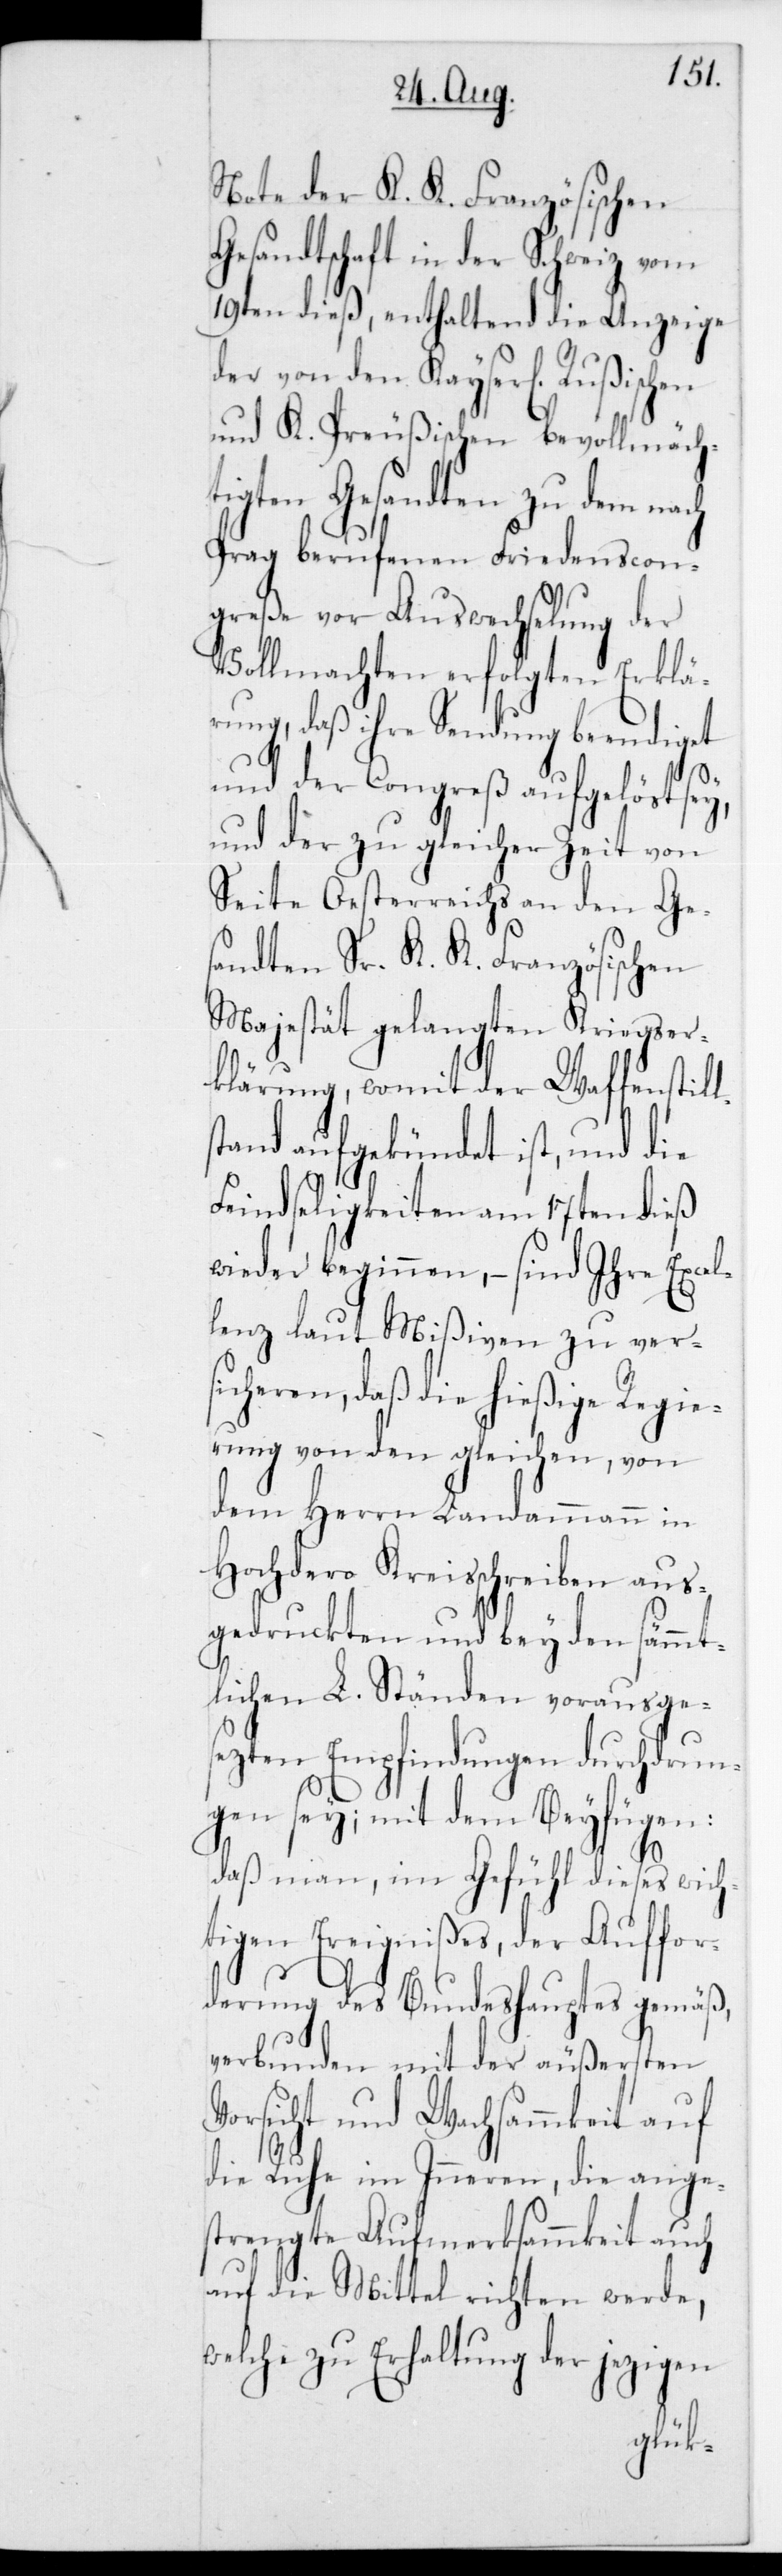
ls¬
Note der K. K. Französischen
Gesandtschaft in der Schweiz vom
19ten dieß, enthaltend die Anzeige
der von den Kayserlich-Rußischen
und K. Preußischen bevollmäch¬
tigten Gesandten zu dem nach
Prag berufenen Friedenscon¬
greße vor Auswechslung der
Vollmachten erfolgten Erklä¬
rung, daß ihre Sendung beendiget
und der Congreß aufgelöst
und der zur gleichen Zeit von
Seite Oesterreichs an den Ge¬
sandten Sr. K. K. Französischen
Majestät gelangten Kriegser¬
klärung, womit der Waffenstil¬
tand aufgekündet ist, und die
Feindseligkeiten am 17ten dieß
wieder beginnen, – sind Ihre Excel¬
lenz laut Mißiven zu ver¬
sicheren, daß die hießige Regie¬
rung von den gleichen, von
dem Herrn Landammann in
Hochdero Kreisschreiben aus¬
gedruckten und bey den sämm¬
tlichen L. Ständen vorausges¬
ezten Empfindungen durchdrun¬
gen sey; mit dem beyfügen:
daß man, im Gefühl dieses wicht¬
igen Ereignisses, der Auffor¬
derung des Bundeshauptes gemäss,
verbunden mit der äußersten
Vorsicht und Wachsammkeit auf
die Ruhe im Inneren, die ange¬
strengte Aufmerksammkeit auch
auf die Mittel richten werde,
welche zu Erhaltung der jezigen